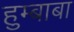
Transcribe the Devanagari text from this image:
हुम्बाबा